Indian Civil Veterinary Department memoirs
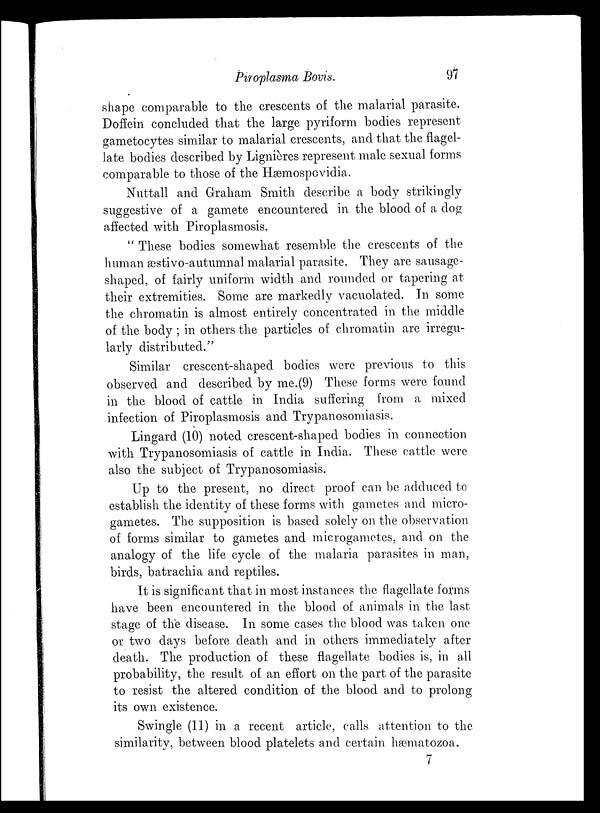
Piroplasma Bovis.
97
shape comparable to the crescents of the malarial parasite.
Doffein concluded that the large pyriform bodies represent
gametocytes similar to malarial crescents, and that the flagel-
late bodies described by Lignières represent male sexual forms
comparable to those of the Hæmospovidia.
Nuttall and Graham Smith describe a body strikingly
suggestive of a gamete encountered in the blood of a dog
affected with Piroplasmosis.
" These bodies somewhat resemble the crescents of the
human æstivo-autumnal malarial parasite. They are sausage-
shaped, of fairly uniform width and rounded or tapering at
their extremities. Some are markedly vacuolated. In some
the chromatin is almost entirely concentrated in the middle
of the body; in others the particles of chromatin are irregu-
larly distributed."
Similar crescent-shaped bodies were previous to this
observed and described by me.(9) These forms were found
in the blood of cattle in India suffering from a mixed
infection of Piroplasmosis and Trypanosomiasis.
Lingard (10) noted crescent-shaped bodies in connection
with Trypanosomiasis of cattle in India. These cattle were
also the subject of Trypanosomiasis.
Up to the present, no direct proof can be adduced to
establish the identity of these forms with gametes and micro-
gametes. The supposition is based solely on the observation
of forms similar to gametes and microgametes, and on the
analogy of the life cycle of the malaria parasites in man,
birds, batrachia and reptiles.
It is significant that in most instances the flagellate forms
have been encountered in the blood of animals in the last
stage of the disease. In some cases the blood was taken one
or two days before death and in others immediately after
death. The production of these flagellate bodies is, in all
probability, the result of an effort on the part of the parasite
to resist the altered condition of the blood and to prolong
its own existence.
Swingle (11) in a recent article, calls attention to the
similarity, between blood platelets and certain hæmatozoa.
7